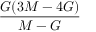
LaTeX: \frac { G ( 3 M - 4 G ) } { M - G }